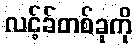
လင့်ခ်တစ်ခုကို